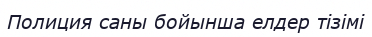
Полиция саны бойынша елдер тізімі